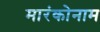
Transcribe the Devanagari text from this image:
मारंकोनाम